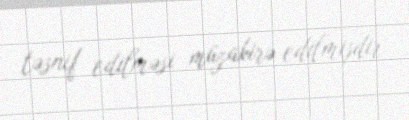
təsnif edilməsi müzakirə edilmişdir.